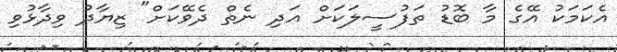
އެކަމަކު އޭގެ މާ ބޮޑު ތަފުސީލަކަށް އަދި ނެތް ދެވޭކަށް" ޒިޔާދު ވިދާޅުވި